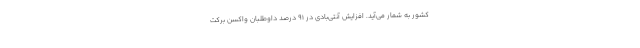
کشور به شمار می‌آید. افزایش آنتی‌بادی در ۹۱ درصد داوطلبان واکسن برکت